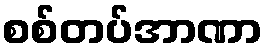
စစ်တပ်အာဏာ